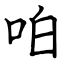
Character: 㕷